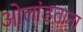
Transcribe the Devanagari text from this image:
ओलांडताना